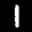
Label: 1